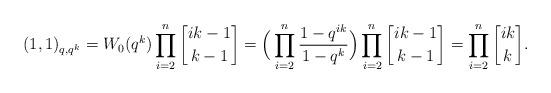
LaTeX: \begin{align*}(1,1)_{q,q^k} &=W_0(q^k)\prod_{i=2}^n \genfrac[]{0pt}{0}{ik-1}{k-1}= \Big(\prod_{i=2}^n \frac{1-q^{ik} }{1-q^k}\Big) \prod_{i=2}^n \genfrac[]{0pt}{0}{ik-1}{k-1}=\prod_{i=2}^n \genfrac[]{0pt}{0}{ik}{k}.\end{align*}